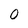
Character: 0